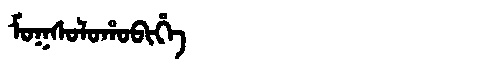
Manchu: ᠮᠣᡴᠰᠣᠯᠣᡥᠣᠪᡳᡥᡝ
Romanization: MOKSOLOHOBIHE